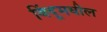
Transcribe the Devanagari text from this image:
बिंदूमधील